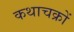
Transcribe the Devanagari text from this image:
कथाचक्रों